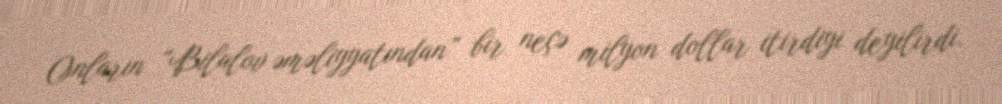
Onların “Bilalov əməliyyatından” bir neçə milyon dollar itirdiyi deyilirdi.